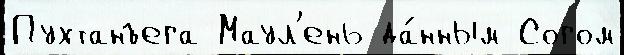
Пухтанъега Маул'ень да́нным Согом